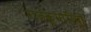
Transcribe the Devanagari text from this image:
राजकुमारीयां